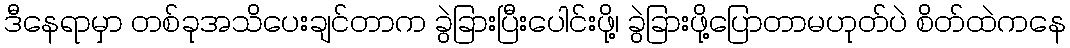
ဒီနေရာမှာ တစ်ခုအသိပေးချင်တာက ခွဲခြားပြီးပေါင်းဖို့၊ ခွဲခြားဖို့ပြောတာမဟုတ်ပဲ စိတ်ထဲကနေ